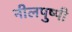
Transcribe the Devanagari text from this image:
नीलपुष्पी